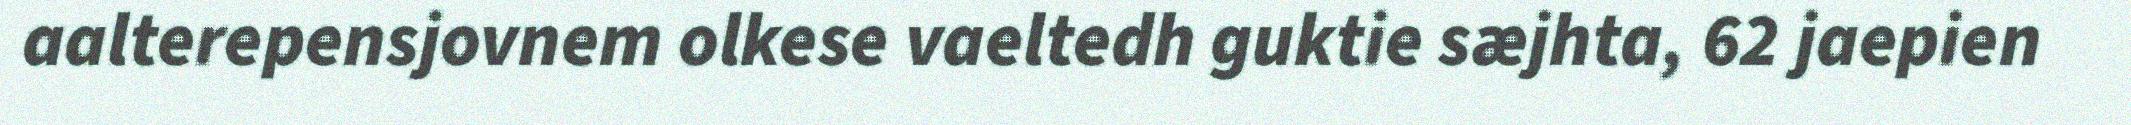
aalterepensjovnem olkese vaeltedh guktie sæjhta, 62 jaepien